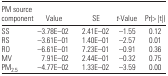
<table><thead><tr><td><b>PM source component</b></td><td><b>Value</b></td><td><b>SE</b></td><td><b><i>t</i>-Value</b></td><td><b>Pr(&gt; |t|)</b></td></tr></thead><tbody><tr><td>SS</td><td>−3.78E–02</td><td>2.41E–02</td><td>−1.55</td><td>0.12</td></tr><tr><td>RS</td><td>−3.61E–01</td><td>1.40E–01</td><td>−2.57</td><td>0.01</td></tr><tr><td>RO</td><td>−6.61E–01</td><td>7.23E–01</td><td>−0.91</td><td>0.36</td></tr><tr><td>MV</td><td>7.91E–02</td><td>2.44E–01</td><td>−0.32</td><td>0.75</td></tr><tr><td>PM<sub>2.5</sub></td><td>−4.77E–02</td><td>1.33E–02</td><td>−3.59</td><td>0.00</td></tr></tbody></table>